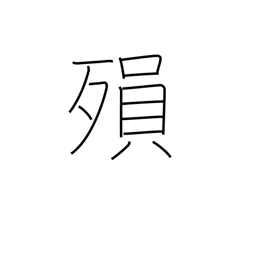
Meaning: die